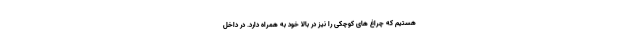
هستیم که چراغ های کوچکی را نیز در بالا خود به همراه دارد. در داخل